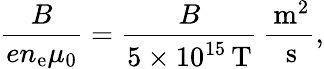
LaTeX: \frac{B}{en_{\mathrm{e}}\mu_{0}}=\frac{B}{5\times 10^{15}\, \mathrm{T}}\, \frac{\, \mathrm{m}^{2}}{\, \mathrm{s}},